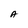
Character: A